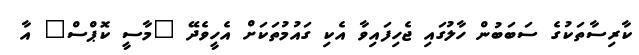
ކާރިސާތަކުގެ ސަބަބުން ހާލުގައި ޖެހިފައިވާ އެކި ގައުމުތަކަށް އެހީވެދޭ "މާސީ ކޮޕްސް" އާ